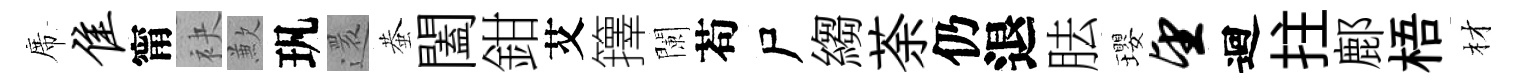
席隹甯袂歉㺬還蛬闔鉗艾籜闌苟尸縐荼仍退胠瓔望迴拄鄜梧材